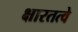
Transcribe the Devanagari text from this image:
क्षारतत्वे